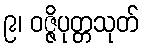
၉၊ ဝဇ္ဇိပုတ္တသုတ်